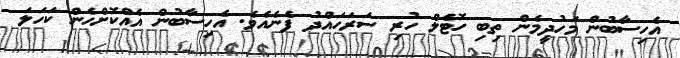
އެހިސާބުން މަހުދީމެން ތިބި ހޮޓެލް ހުރި ސަރަހައްދު ފެނެއެވެ. އެހިސާބުން އެއްކޮށްހެން ކަހަލަ